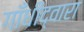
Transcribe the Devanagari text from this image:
गाँधीद्वारा